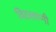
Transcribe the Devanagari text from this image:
विठलाणी